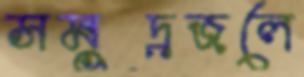
সমুদ্রজলে